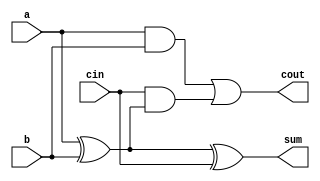
module FullAdder (
    input wire a,          // First input bit
    input wire b,          // Second input bit
    input wire cin,        // Carry-in bit
    output wire sum,       // Sum output bit
    output wire cout       // Carry-out bit
);
    assign sum = a ^ b ^ cin;   // Sum calculation
    assign cout = (a & b) | (cin & (a ^ b)); // Carry-out calculation
endmodule